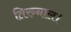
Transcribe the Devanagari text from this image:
तिरुनाल।